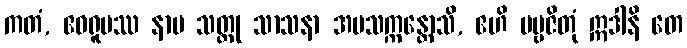
ကတံ, ဧဝရူပဿ နာမ သတ္ထု သာသနာ အပသက္ကန္တောသိ, ဧဟိ ပဗ္ဗဇိတုံ ဣဒါနိ တေ